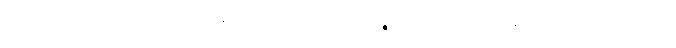
ဟောတိ၊ ဖြစ်၏။ ဘိက္ခဝေ၊ ရဟန်းတို့။ ပဉ္စဟိ၊ ငါးပါးကုန်သော။ စက္ကဝတ္တီ၊